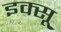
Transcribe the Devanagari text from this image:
इक्सू